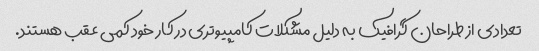
تعدادی از طراحان گرافیک به دلیل مشکلات کامپیوتری در کار خود کمی عقب هستند.